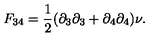
F _ { 3 4 } = { \frac { 1 } { 2 } } ( \partial _ { 3 } \partial _ { 3 } + \partial _ { 4 } \partial _ { 4 } ) \nu .